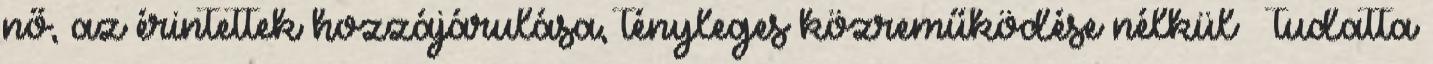
nő, az érintettek hozzájárulása, tényleges közreműködése nélkül – tudatta